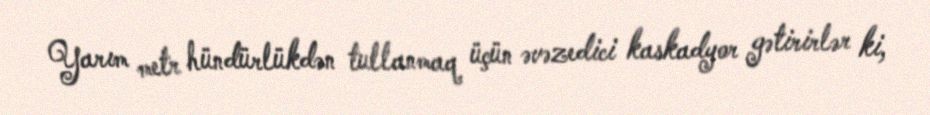
Yarım metr hündürlükdən tullanmaq üçün əvəzedici kaskadyor gətirirlər ki,